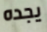
يجده